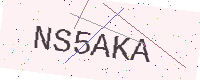
Text: NS5AKA